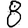
Digit: 8